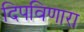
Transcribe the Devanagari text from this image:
दिपविणारा